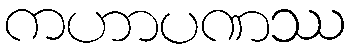
ကဟာပဏဿ